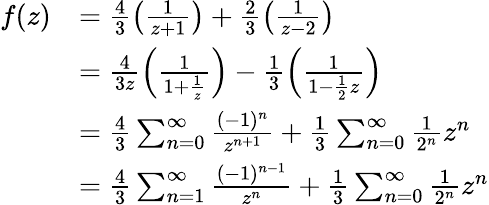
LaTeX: \begin{array}{rl}{f(z)}&{=\frac{4}{3}\left(\frac{1}{z+1}\right)+\frac{2}{3}\left(\frac{1}{z-2}\right)}\\ &{=\frac{4}{3z}\left(\frac{1}{1+\frac{1}{z}}\right)-\frac{1}{3}\left(\frac{1}{1-\frac{1}{2}z}\right)}\\ &{=\frac{4}{3}\sum_{n=0}^{\infty}\frac{(-1)^{n}}{z^{n+1}}+\frac{1}{3}\sum_{n=0}^{\infty}\frac{1}{2^{n}}z^{n}}\\ &{=\frac{4}{3}\sum_{n=1}^{\infty}\frac{(-1)^{n-1}}{z^{n}}+\frac{1}{3}\sum_{n=0}^{\infty}\frac{1}{2^{n}}z^{n}}\end{array}